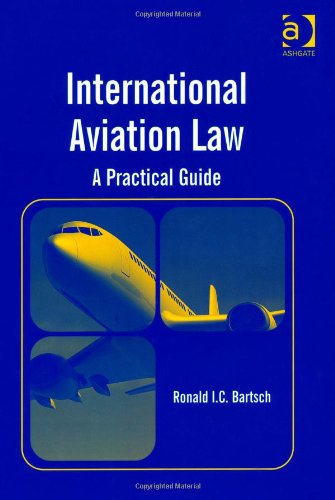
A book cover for International Aviation Law: A Practical Guide; Ronald I. C. Bartsch; Law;